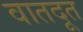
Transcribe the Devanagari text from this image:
वातदूत